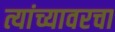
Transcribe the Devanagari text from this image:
त्यांच्यावरचा